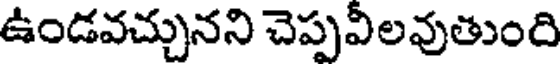
ఉండవచ్చునని చెప్పవీలవుతుంది